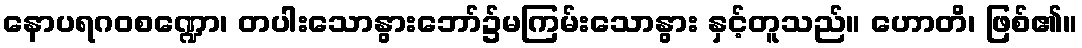
နောပရဂဝစဏ္ဍော၊ တပါးသောနွားဘော်၌မကြမ်းသောနွား နှင့်တူသည်။ ဟောတိ၊ ဖြစ်၏။